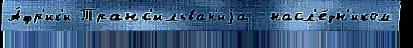
А́фр'ик'и Транс'ильван'иjа  насл'е́дн'иком